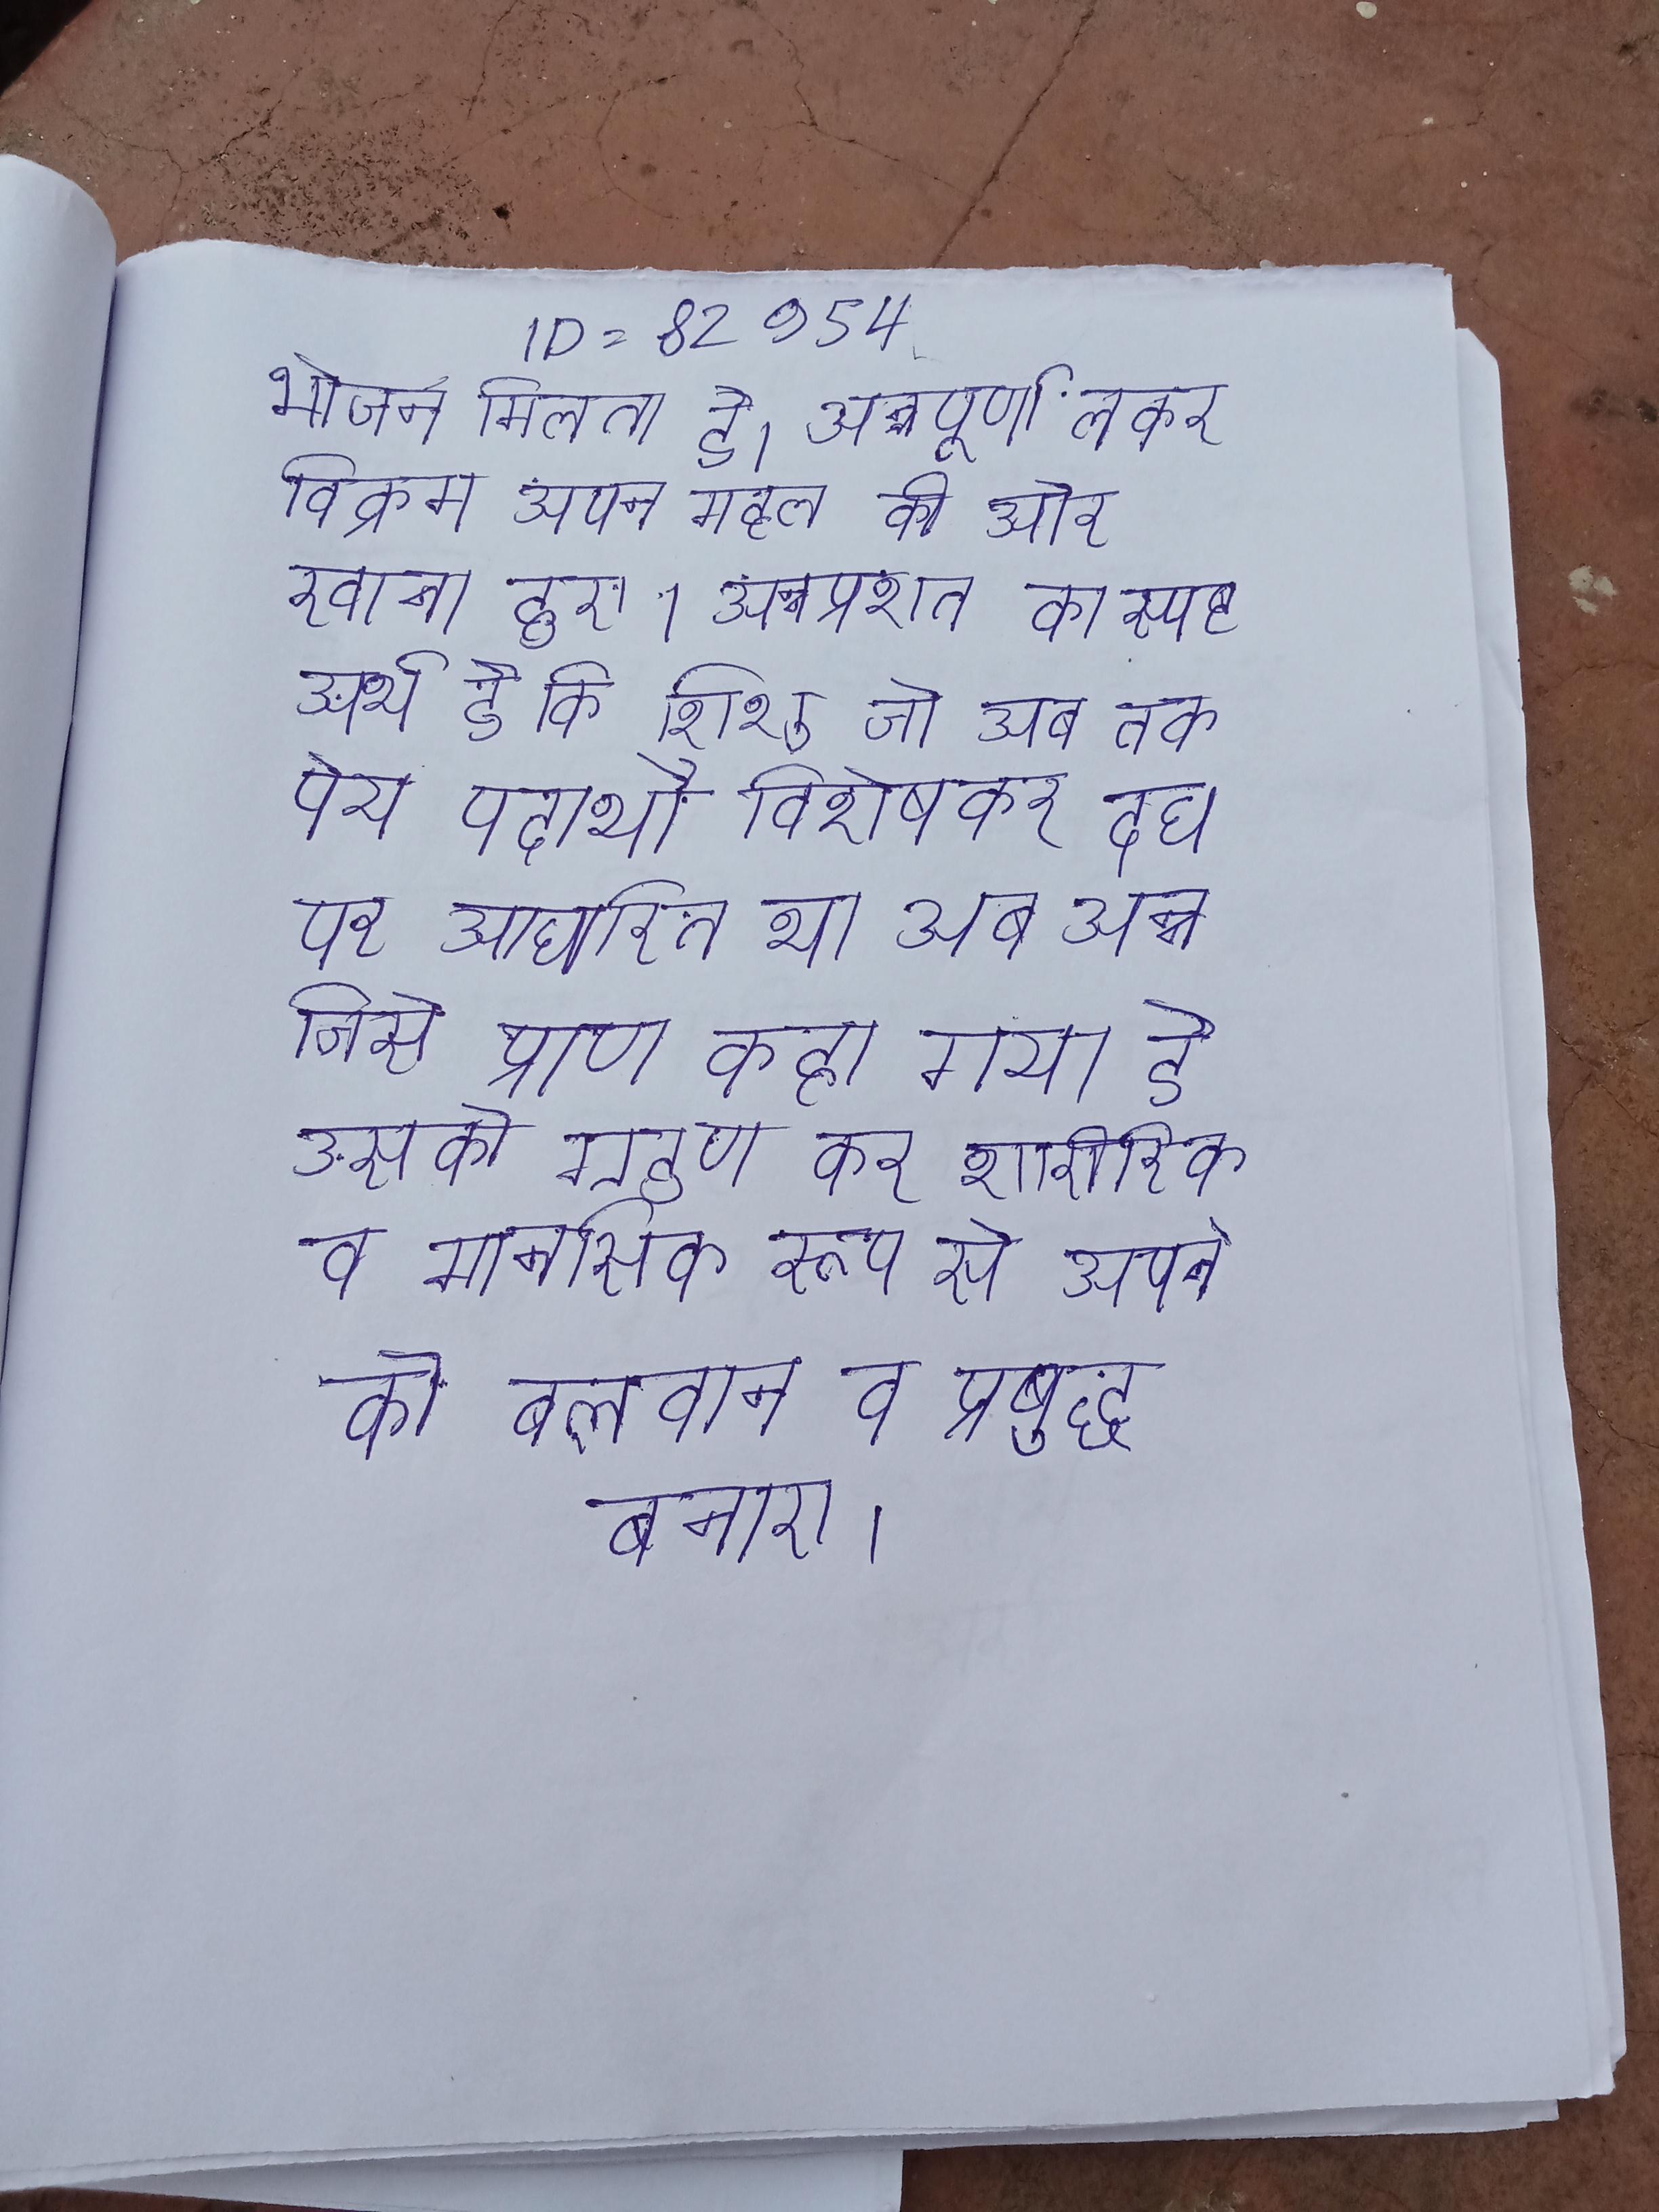
भोजन मिलता है । अन्नपूर्णा लेकर विक्रम अपने महल की ओर रवाना हुए । अन्नप्राशन का स्पष्ट अर्थ है कि शिशु जो अब तक पेय पदार्थो विशेषकर दूध पर आधारित था अब अन्न जिसे प्राण कहा गया है उसको ग्रहण कर शारीरिक व मानसिक रूप से अपने को बलवान व प्रबुद्ध बनाए ।